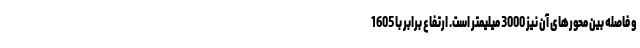
و فاصله بین محورهای آن نیز 3000 میلیمتر است. ارتفاع برابر با 1605